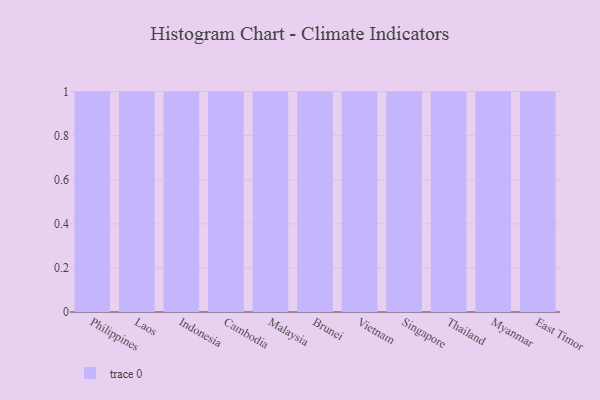
{"axis": {"x": "Country", "y": "Customer Acquisition Cost (USD)"}, "legend": [""], "data": [{"x": "Philippines", "y": 26, "type": ""}, {"x": "Laos", "y": 86, "type": ""}, {"x": "Indonesia", "y": 56, "type": ""}, {"x": "Cambodia", "y": 74, "type": ""}, {"x": "Malaysia", "y": 97, "type": ""}, {"x": "Brunei", "y": 35, "type": ""}, {"x": "Vietnam", "y": 8, "type": ""}, {"x": "Singapore", "y": 87, "type": ""}, {"x": "Thailand", "y": 1, "type": ""}, {"x": "Myanmar", "y": 34, "type": ""}, {"x": "East Timor", "y": 41, "type": ""}]}